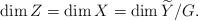
LaTeX: \begin{align*}\dim Z=\dim X=\dim {\widetilde Y}/G.\end{align*}